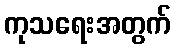
ကုသရေးအတွက်